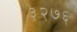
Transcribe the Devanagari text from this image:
३२७६